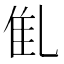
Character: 𠃲